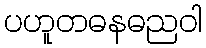
ပဟူတဓနဓညဝါ